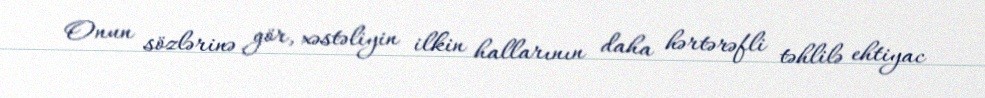
Onun sözlərinə gör, xəstəliyin ilkin hallarının daha hərtərəfli təhlilə ehtiyac